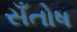
સઁતોષ